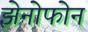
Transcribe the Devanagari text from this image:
झेनोफोन